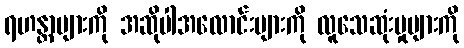
ရဟန္တာများကို အဆိုပါအလောင်းများကို လူသေဆုံးမှုများကို